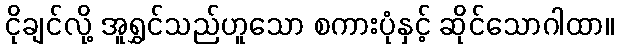
ငိုချင်လို့ အူရွှင်သည်ဟူသော စကားပုံနှင့် ဆိုင်သောဂါထာ။